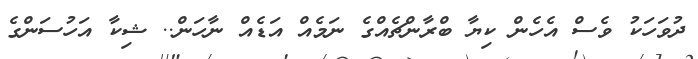
ދުވަހަކު ވެސް އެހެން ކިޔާ ބްރާންޗެއްގެ ނަމެއް އަޑެއް ނާހަން.. ޝިކާ އަހުސަންގެ